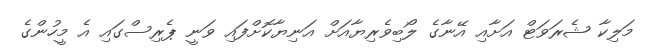
މަލިކާ ޝެރަވަޓް އަށާއި އޭނާގެ ލޯބިވެރިޔާއަށް އަނިޔާކޮށްފައި ވަނީ ޕެރިސްގައި އެ މީހުންގެ